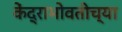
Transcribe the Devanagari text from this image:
केंद्राभोवतीच्या